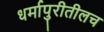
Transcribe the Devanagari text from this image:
धर्मापुरीतीलच